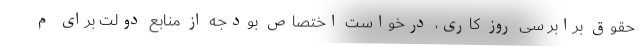
حقوق برابر سی روز کاری، درخواست اختصاص بودجه از منابع دولت برای م